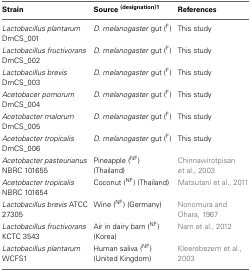
| Strain | Source (designation)1 | References |
 | --- | --- | --- |
 | Lactobacillus plantarum DmCS_001 | D. melanogaster gut (F) | This study |
 | Lactobacillus fructivorans DmCS_002 | D. melanogaster gut (F) | This study |
 | Lactobacillus brevis DmCS_003 | D. melanogaster gut (F) | This study |
 | Acetobacer pomorum DmCS_004 | D. melanogaster gut (F) | This study |
 | Acetobacter malorum DmCS_005 | D. melanogaster gut (F) | This study |
 | Acetobacter tropicalis DmCS_006 | D. melanogaster gut (F) | This study |
 | Acetobacter pasteurianus NBRC 101655 | Pineapple (NF) (Thailand) | Chinnawirotpisan et al., 2003 |
 | Acetobacter tropicalis NBRC 101654 | Coconut (NF) (Thailand) | Matsutani et al., 2011 |
 | Lactobacillus brevis ATCC 27305 | Wine (NF) (Germany) | Nonomura and Ohara, 1967 |
 | Lactobacillus fructivorans KCTC 3543 | Air in dairy barn (NF) (Korea) | Nam et al., 2012 |
 | Lactobacillus plantarum WCFS1 | Human saliva (NF) (United Kingdom) | Kleerebezem et al., 2003 |